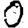
Digit: 0